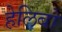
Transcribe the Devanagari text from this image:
हेलिबो